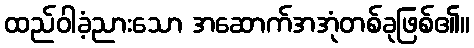
ထည်ဝါခံ့ညားသော အဆောက်အအုံတစ်ခုဖြစ်၏။